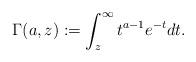
LaTeX: \begin{align*}\Gamma(a,z):=\int_{z}^{\infty} t^{a-1}e^{-t}dt.\end{align*}